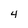
Character: 4